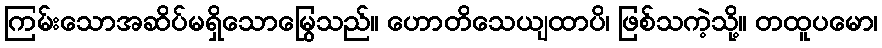
ကြမ်းသောအဆိပ်မရှိသောမြွေသည်။ ဟောတိသေယျထာပိ၊ ဖြစ်သကဲ့သို့။ တထူပမော၊